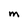
Character: M